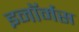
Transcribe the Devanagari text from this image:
इनॉर्मस